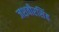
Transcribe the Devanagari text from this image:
जशवीरसिंह